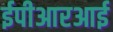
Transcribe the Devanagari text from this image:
ईपीआरआई